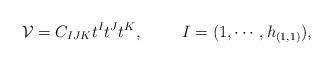
LaTeX: \begin{align*}{\cal V} = C_{IJK} t^I t^J t^K,\hskip1cm I = (1, \cdots, h_{(1,1)}),\end{align*}